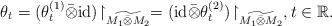
LaTeX: \begin{align*}\theta_t = (\theta^{(1)}_t\bar{\otimes}\mathrm{id})\!\upharpoonright_{\widetilde{M_1\bar{\otimes}M_2}} = (\mathrm{id}\bar{\otimes}\theta_t^{(2)})\!\upharpoonright_{\widetilde{M_1\bar{\otimes}M_2}}, t \in \mathbb{R}.\end{align*}